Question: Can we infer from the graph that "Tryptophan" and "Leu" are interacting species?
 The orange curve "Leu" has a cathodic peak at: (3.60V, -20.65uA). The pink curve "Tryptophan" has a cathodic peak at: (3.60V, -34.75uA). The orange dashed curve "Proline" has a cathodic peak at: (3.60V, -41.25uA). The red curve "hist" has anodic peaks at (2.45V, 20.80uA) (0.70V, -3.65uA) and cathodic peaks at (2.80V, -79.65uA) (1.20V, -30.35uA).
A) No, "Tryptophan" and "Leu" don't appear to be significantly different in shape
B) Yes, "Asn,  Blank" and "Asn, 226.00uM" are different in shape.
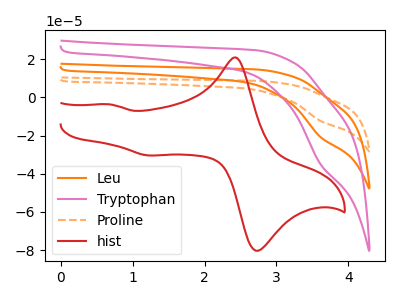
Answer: <think>All the peaks in "Tryptophan" have a peak in "Leu" at the same potential. Every peak in "Tryptophan" is higher than every peak in "Leu".
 </think>
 <answer>A) No, "Tryptophan" and "Leu" don't appear to be significantly different in shape</answer>
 <eval>A</eval>